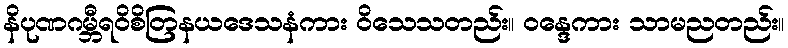
နိပုဏဂမ္ဘီရဝိစိတြနယဒေသနံကား ဝိသေသတည်း။ ဝန္ဒေကား သာမညတည်း။